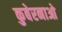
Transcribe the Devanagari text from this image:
कुबेरनाओ